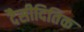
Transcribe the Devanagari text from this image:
दैसीदितिक